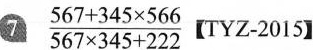
7 $$\frac{5 6 7 + 3 4 5 \times 5 6 6 }{5 6 7 \times 3 4 5 + 2 2 2}\left[ TYZ-2015$$ 】